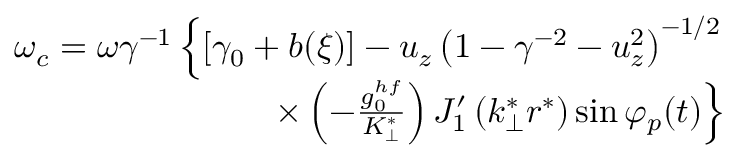
\begin{array} { r } { \omega _ { c } = \omega \gamma ^ { - 1 } \left\{ \left[ \gamma _ { 0 } + b ( \xi ) \right] - u _ { z } \left( 1 - \gamma ^ { - 2 } - u _ { z } ^ { 2 } \right) ^ { - 1 / 2 } \right. } \\ { \left. \times \left( - \frac { g _ { 0 } ^ { h f } } { K _ { \perp } ^ { * } } \right) J _ { 1 } ^ { \prime } \left( k _ { \perp } ^ { * } r ^ { * } \right) \sin \varphi _ { p } ( t ) \right\} } \end{array}